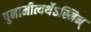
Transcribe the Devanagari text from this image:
पुनामीत्यर्थेऽस्मिन्